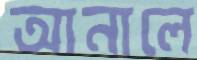
আনালে